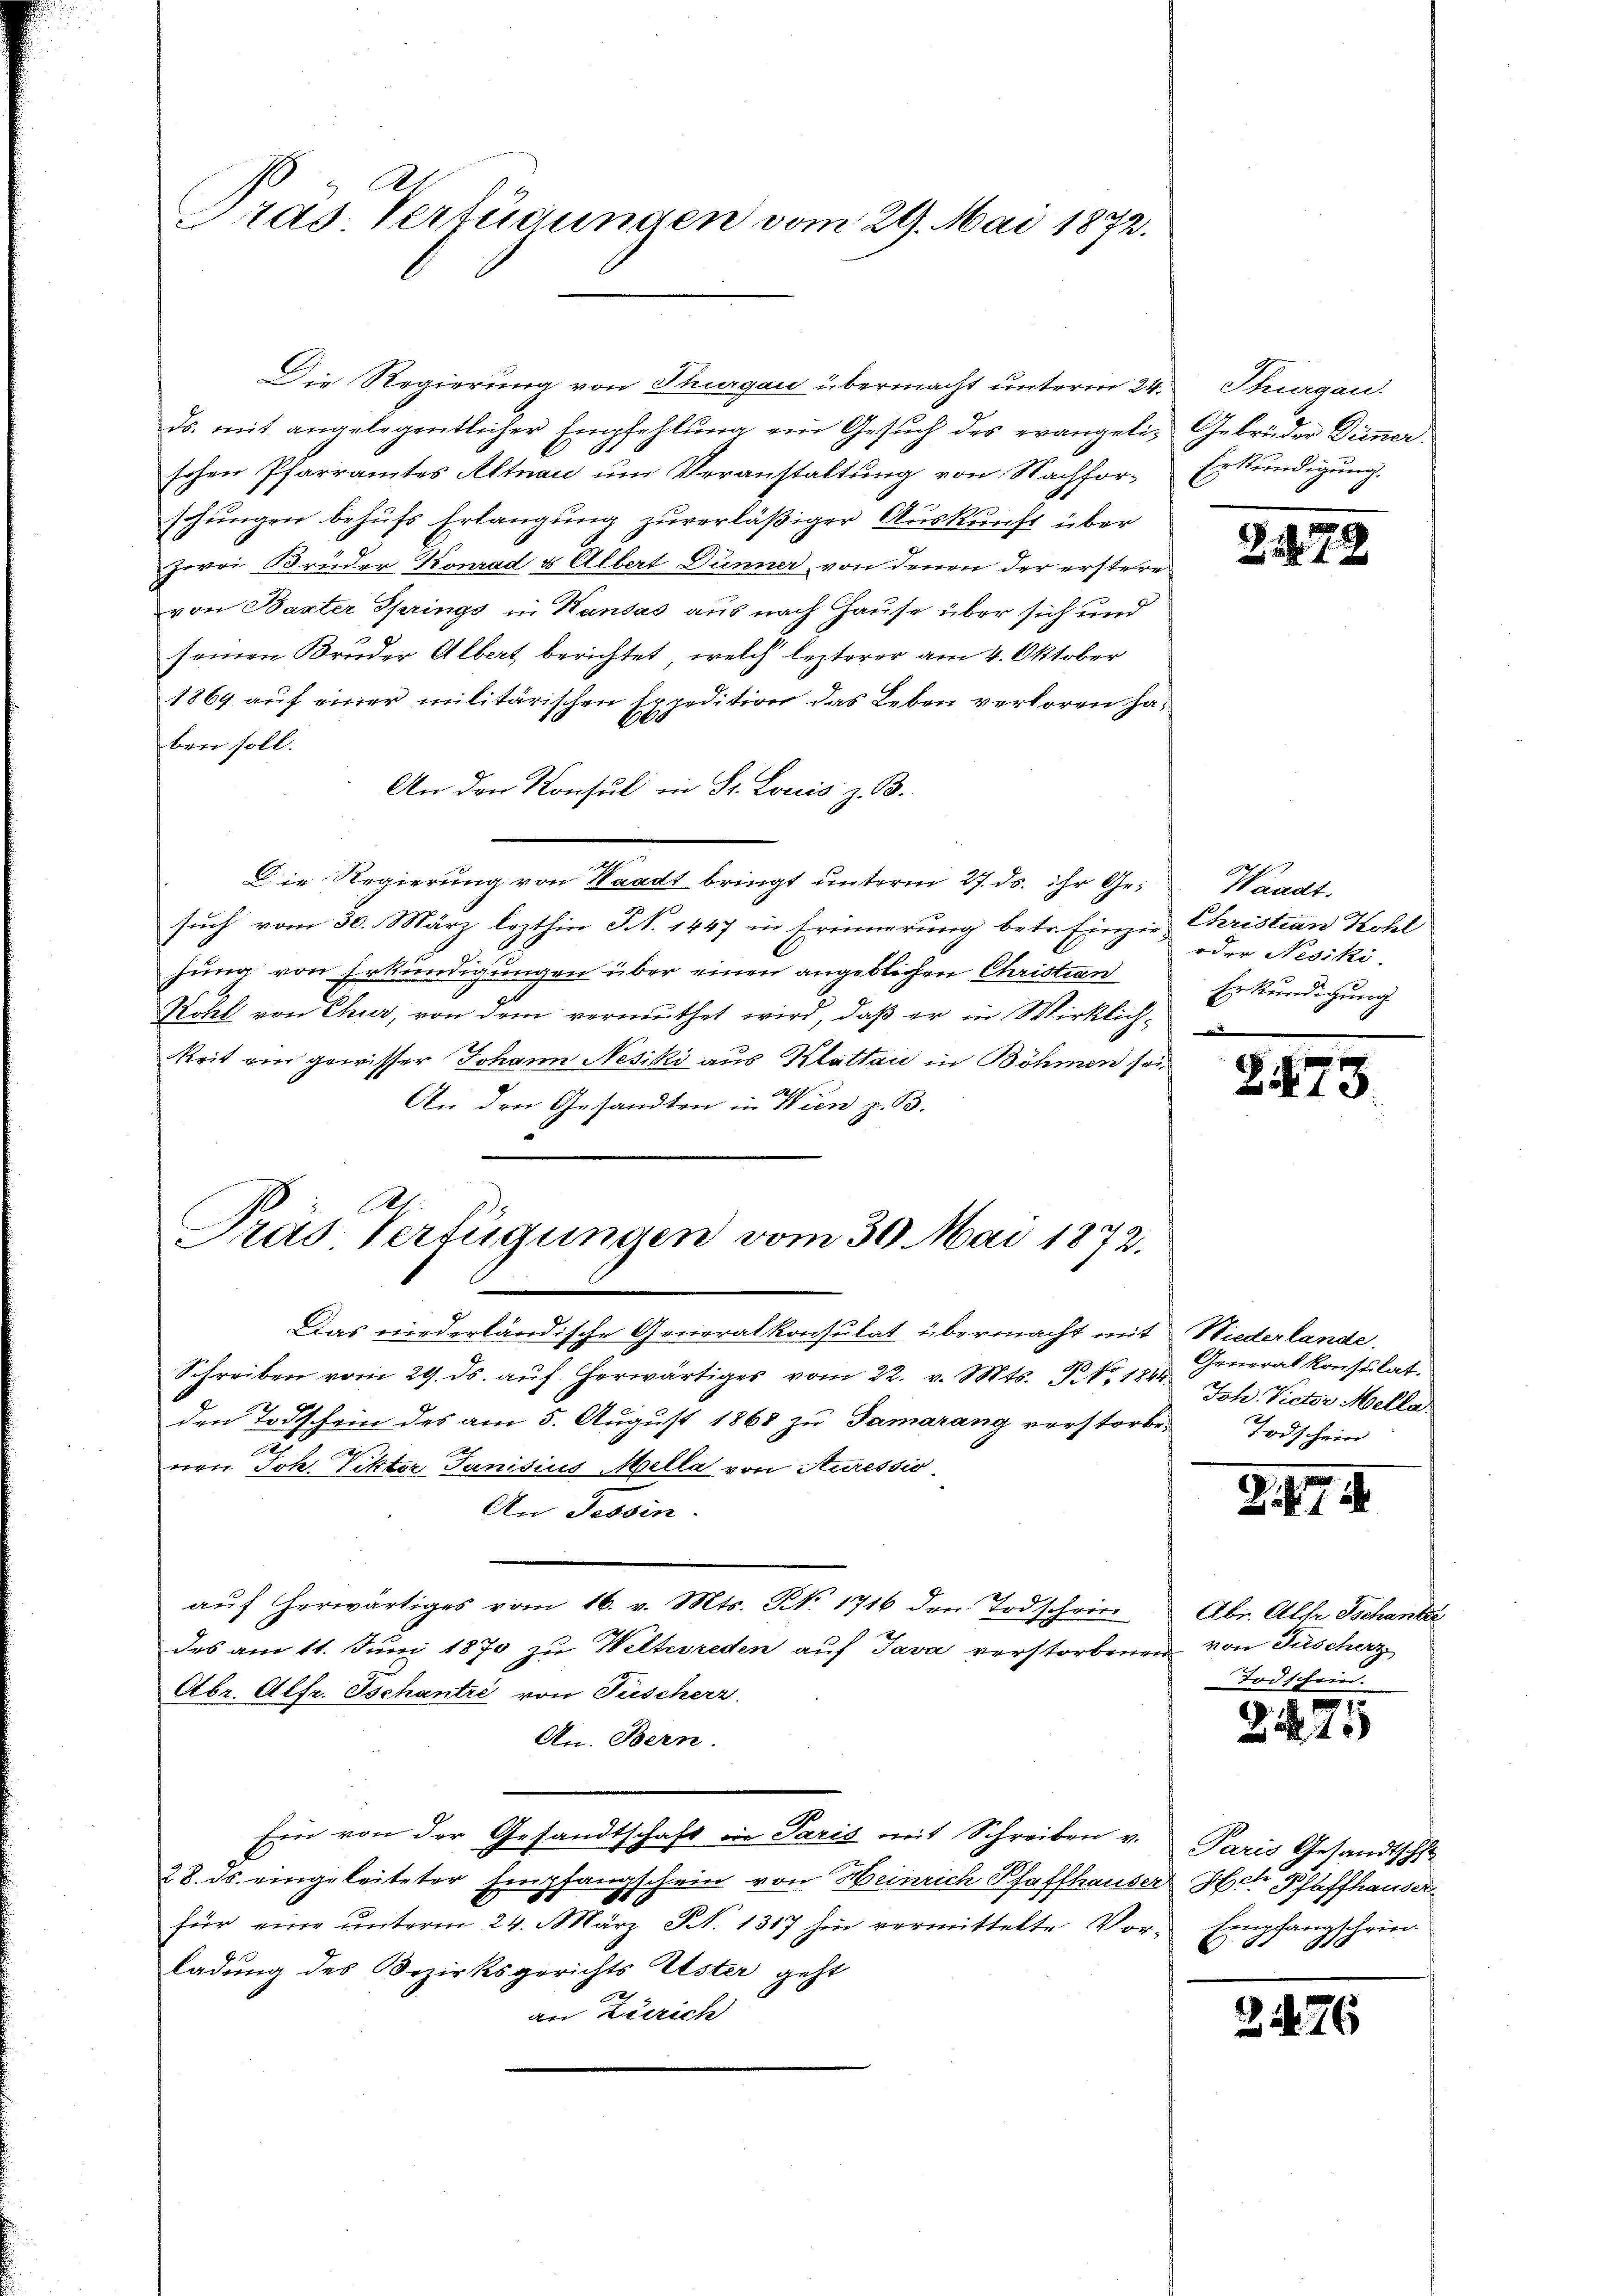
Pras Verfügungen vom 29. Mai 1872.

Js. mit angelegentlicher Empfehlŭng ein Gesŭch des evangeli Gebrüder Dünner
schen Pfarramtes Altnau um Veranstaltung von Nachforschungen behufs Erlangung zuverläßiger Auskunft über
zwei Brüder Konrad & Albert Dünner, von denen der ersteres
von Barter Springs in Kausas aus nach Hause über sich und
seinen Bruder Albert berichtet, welch lezterer am 4. Oktober
1869 auf einer militärischen Expedition das Leben verloren haben soll.
An den Konsul in St. Louis z. B.
Die Regierung von Waadt bringt unterm 27. ds. ihr Gesuch vom 30. März lezthin S. 1447 in Erinnerung betr. Einzig Christian Kohl
hung von Erkundigungen über einen angeblichen Christian
Röhl von Thier, von dem vermuthet wird, daß er in Wirklichkeit ein gewisser Johann Nesiki aus Klattau in Böhmen sei
An den Gesandten in Wien z. B.
At
Gräs Verfügungen vom 30. Mai 1872.
Das niederländische Generalkonsulat übermacht mit
Schreiben vom 29. ds. aŭf herwärtiges vom 22. v. Mts. P. Nr. 1844. Ich Pector Mella
den Todschein des am 5. August 1868 zu Samarang verstorbe-
.
nen Joh. Pitter Janisius Mella von Auressio
An Tessin.
auf erwärtiges vom 16. v. Mts. Nr. 1716 der Todschrit
des am 11. Juni 1870 zu Welterreden auf Java verstorbenen von Fischerz
Otbr. Alfr. Tschantze von Füscherr
An. Bern.
Ein von der Gesandtschaft in Paris mit Schreiben v.
28. ds. eingeleiteter Empfangschein von Heinrich Pfaffhauser Herr Pfaffhauser
für eine unterm 24. März N. 1317 hin vermittelte Vor-
ladung des Bezirksgerichts Uster geht
an Zürich

Die Regierung von Thurgau übermacht unterm 24. Stuargau

Erkundigung.

Zih

Waadt.
oder Nesiki.
Erkundigung

8473

Niederlande.
Generalkonsulat.
Todschein |

3

Abr. Als Tschanter
Todschrieb.

2

22

.

48

176

Paris Gesandtschfe
mpfangschein.
81